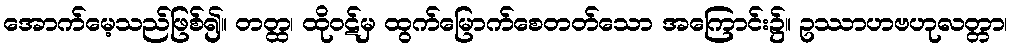
အောက်မေ့သည်ဖြစ်၍။ တတ္ထ၊ ထိုဝဋ်မှ ထွက်မြောက်စေတတ်သော အကြောင်း၌။ ဥဿာဟဗဟုလတ္တာ၊